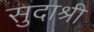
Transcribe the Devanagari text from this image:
सुदाश्री